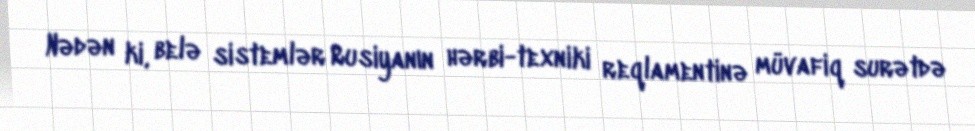
Nədən ki, belə sistemlər Rusiyanın hərbi-texniki reqlamentinə müvafiq surətdə